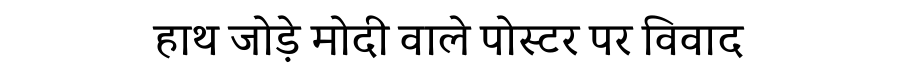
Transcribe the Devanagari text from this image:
हाथ जोड़े मोदी वाले पोस्टर पर विवाद